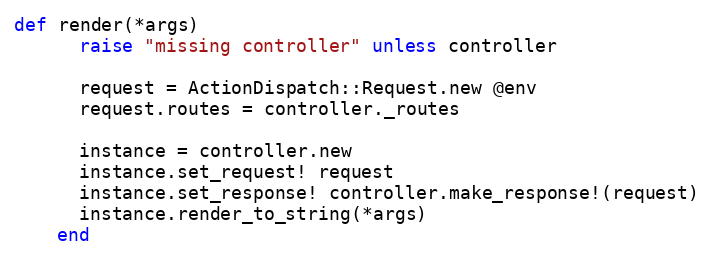
Language: Ruby
def render(*args)
      raise "missing controller" unless controller

      request = ActionDispatch::Request.new @env
      request.routes = controller._routes

      instance = controller.new
      instance.set_request! request
      instance.set_response! controller.make_response!(request)
      instance.render_to_string(*args)
    end